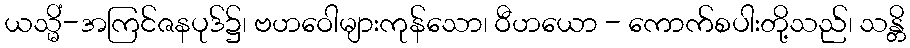
ယသ္မိံ-အကြင်ဇနပုဒ်၌၊ ဗဟဝေါများကုန်သော၊ ဝီဟယော - ကောက်စပါးတို့သည်၊ သန္တိ